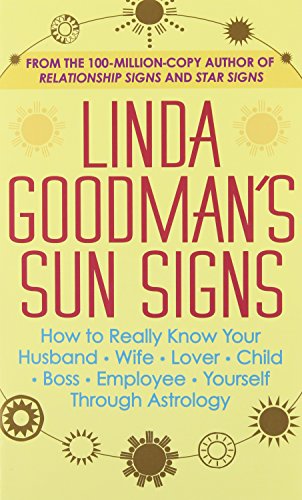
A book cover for Linda Goodman's Sun Signs; Linda Goodman; Religion & Spirituality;